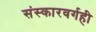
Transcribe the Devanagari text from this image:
संस्कारवर्गही